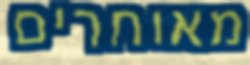
מאוחרים